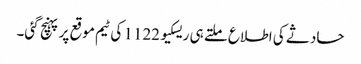
حادثے کی اطلاع ملتے ہی ریسکیو 1122 کی ٹیم موقع پر پہنچ گئی۔